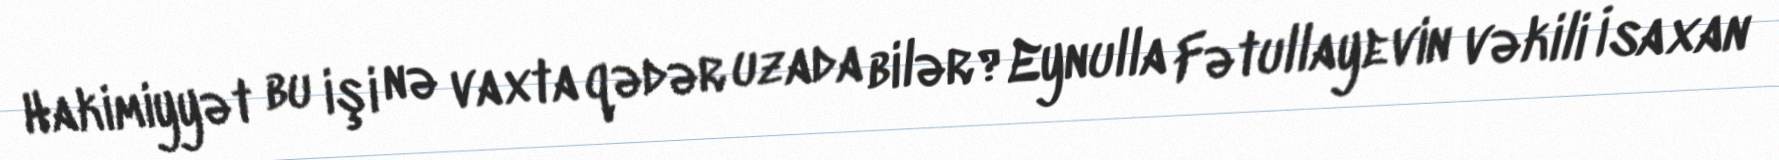
Hakimiyyət bu işi nə vaxta qədər uzada bilər?Eynulla Fətullayevin vəkili İsaxan